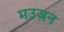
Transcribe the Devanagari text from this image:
मउज़न